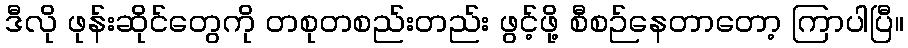
ဒီလို ဖုန်းဆိုင်တွေကို တစုတစည်းတည်း ဖွင့်ဖို့ စီစဉ်နေတာတော့ ကြာပါပြီ။